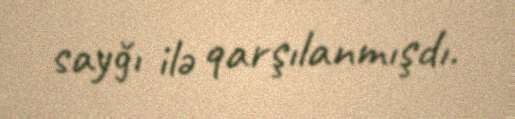
sayğı ilə qarşılanmışdı.